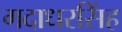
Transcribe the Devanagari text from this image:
गदाधरसिंह